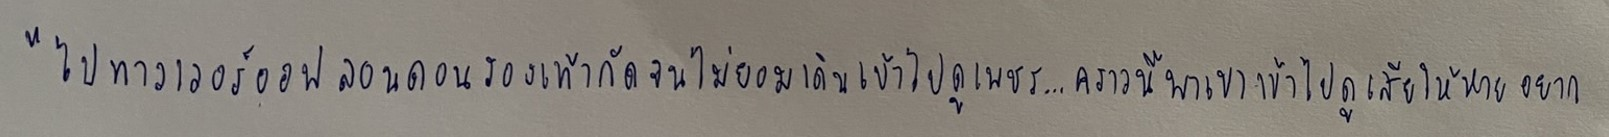
"ไปทาวเวอร์ออฟลอนดอนรองเท้ากัดจนไม่ยอมเดินเข้าไปดูเพชร...คราวนี้พาเขาเข้าไปดูเสียให้หายอยาก